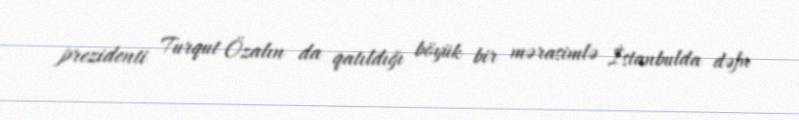
prezidenti Turqut Özalın da qatıldığı böyük bir mərasimlə İstanbulda dəfn